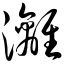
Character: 漓